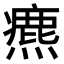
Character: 𤐅